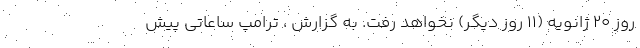
روز 20 ژانویه (11 روز دیگر) نخواهد رفت. به گزارش ، ترامپ ساعاتی پیش